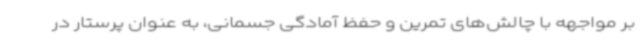
بر مواجهه با چالش‌های تمرین و حفظ آمادگی جسمانی، به عنوان پرستار در